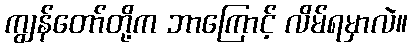
ကျွန်တော်တို့က ဘာကြောင့် လိမ်ရမှာလဲ။